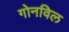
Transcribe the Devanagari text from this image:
गोनविल